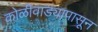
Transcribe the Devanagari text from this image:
कोळीवाड्यापासून